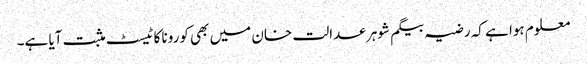
معلوم ہوا ہے کہ رضیہ بیگم شوہر عدالت خان میں بھی کورونا کا ٹیسٹ مثبت آیا ہے۔